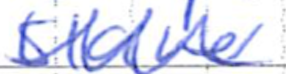
Text: slave
Cross-out: zig-zag
Writing tool: ballpoint